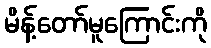
မိန့်တော်မူကြောင်းကို